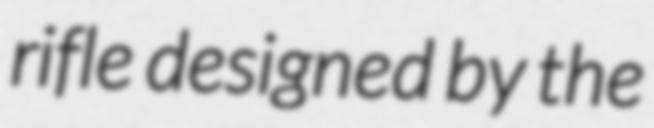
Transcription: rifle designed by the